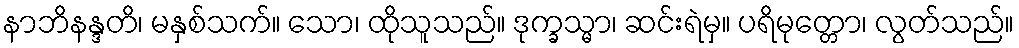
နာဘိနန္ဒတိ၊ မနှစ်သက်။ သော၊ ထိုသူသည်။ ဒုက္ခသ္မာ၊ ဆင်းရဲမှ။ ပရိမုတ္တော၊ လွတ်သည်။